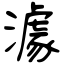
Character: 澽